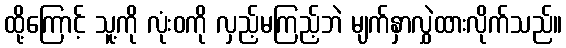
ထို့ကြောင့် သူ့ကို လုံးဝကို လှည့်မကြည့်ဘဲ မျက်နှာလွှဲထားလိုက်သည်။